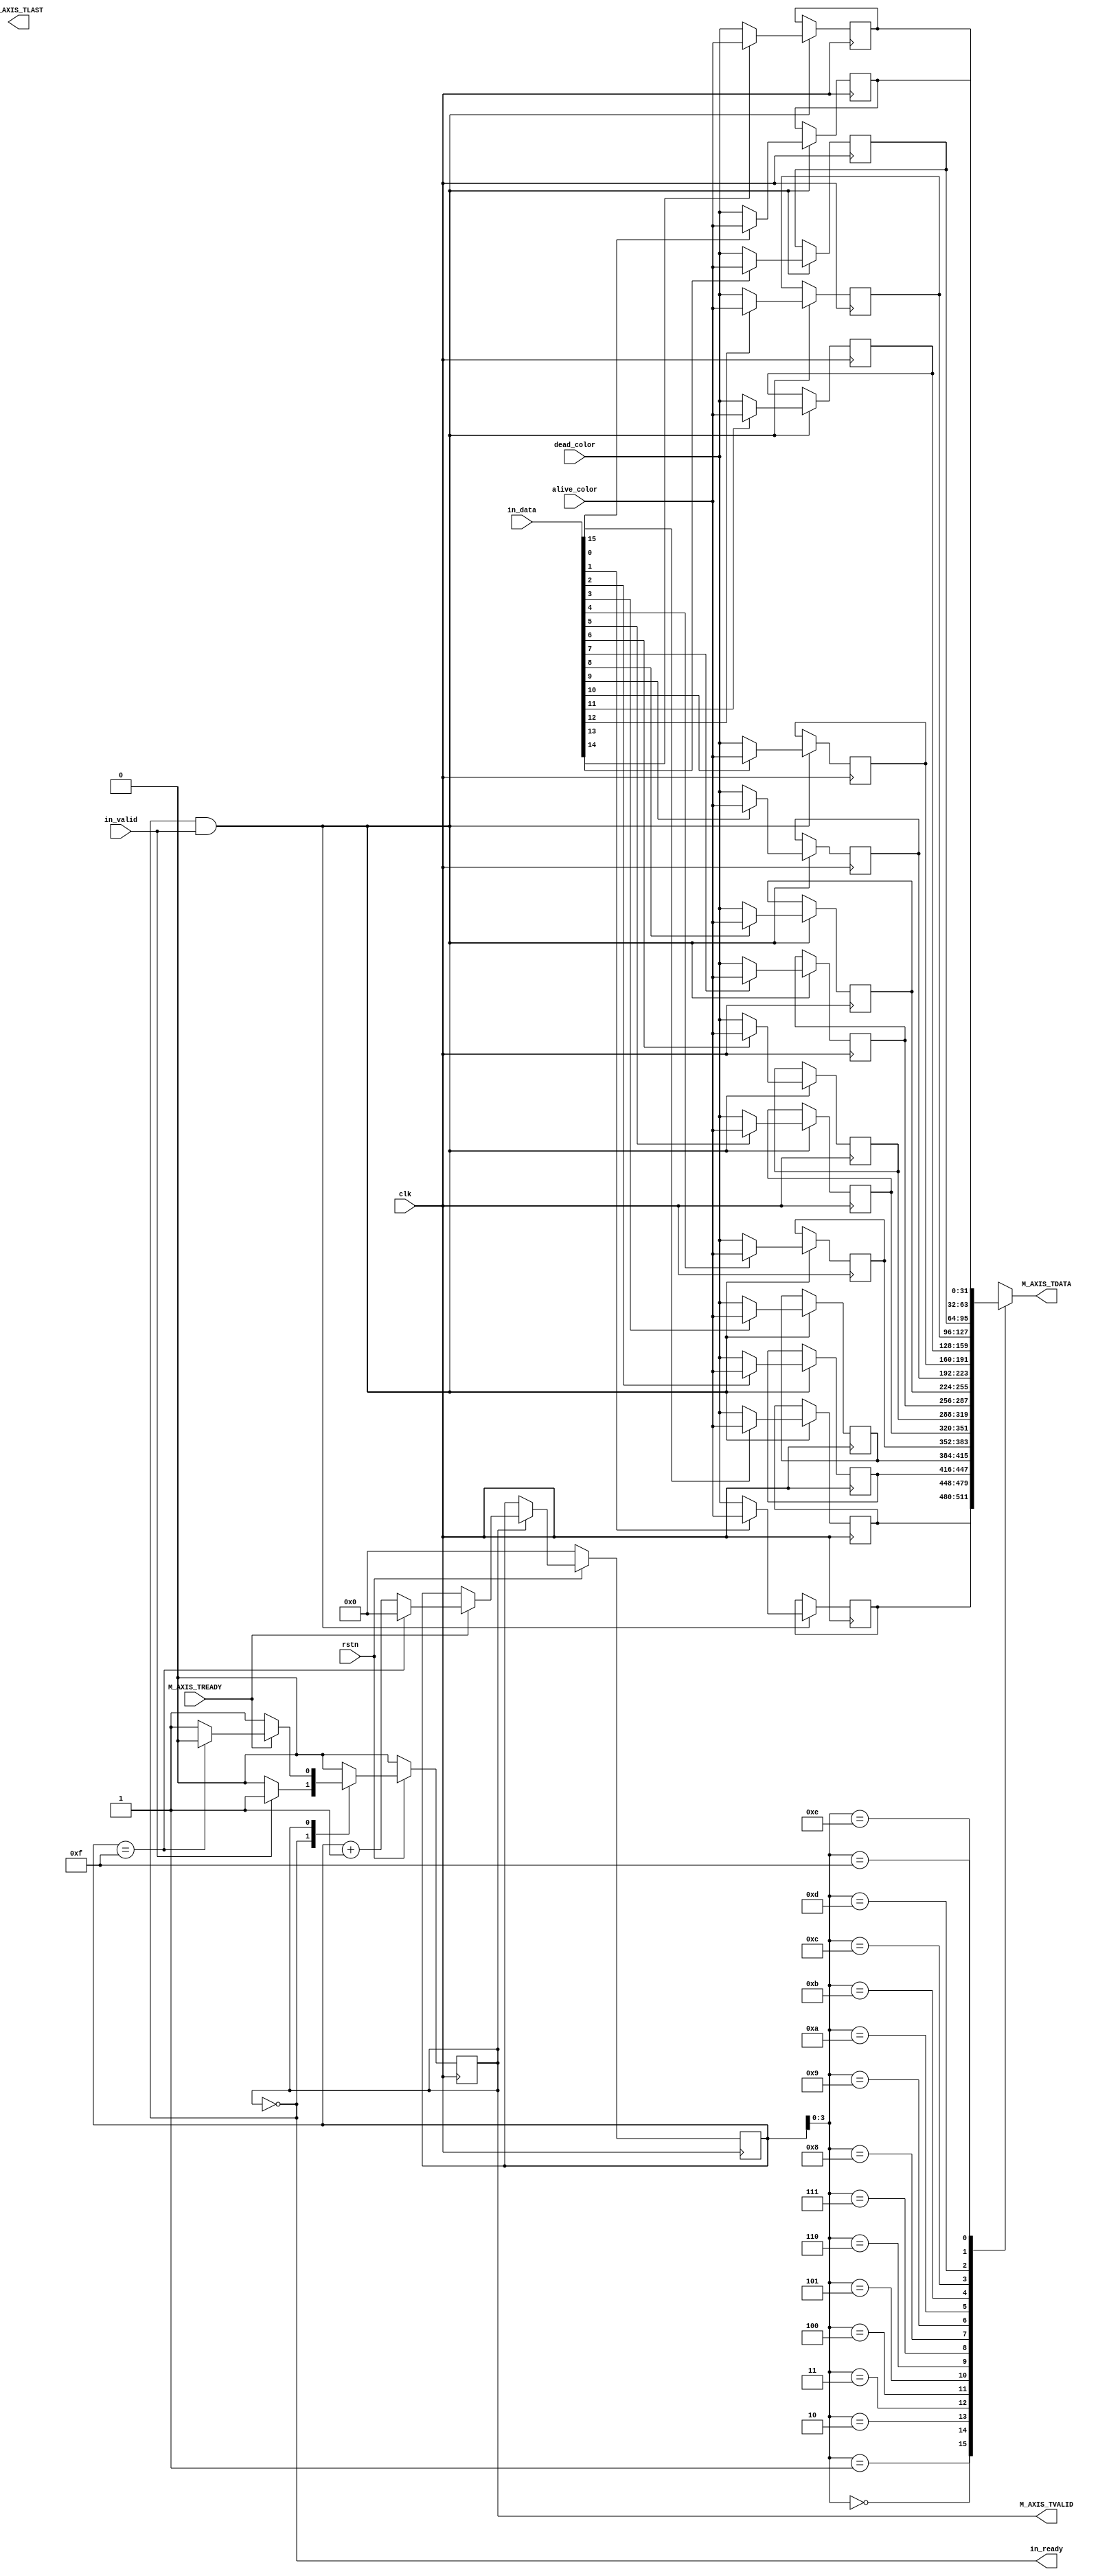
module buffer2axis #(
    parameter DWIDTH = 32,
    parameter WIDTH = 4,
    parameter HEIGHT = 4
)( 
    // Control signals
    clk,
    rstn,

    // Color conversion signals
    alive_color,
    dead_color,
    
    // AXIS Connection
    M_AXIS_TDATA,
    M_AXIS_TVALID,
    M_AXIS_TREADY,
    M_AXIS_TLAST,
    
    // Output to conware computation
    in_data,
    in_valid,
    in_ready
);

    // Port descriptions
    input clk;
    input rstn;

    input [DWIDTH-1:0] alive_color;
    input [DWIDTH-1:0] dead_color;

    output [DWIDTH-1:0] M_AXIS_TDATA;
    output M_AXIS_TVALID;
    output M_AXIS_TLAST;
    input M_AXIS_TREADY;

    input [WIDTH*HEIGHT-1:0] in_data;
    input in_valid;
    output in_ready;

    // State params
    reg state;
    localparam Wait = 0;
    localparam Write = 1;

    // Internal values
    reg [DWIDTH - 1:0] buffer [WIDTH*HEIGHT-1:0];
    reg [31:0] counter;

    assign M_AXIS_TVALID = (state == Write);
    assign M_AXIS_TDATA = buffer[counter];
    assign in_ready = (state == Wait);

    // Write state machine
    always @(posedge clk) begin
        if (!rstn) begin
            counter <= 32'h00000000;
            state <= Wait;
        end else begin
            case (state)
            Wait: begin
                if (in_valid == 1) begin
                    state <= Write;
                end else begin
                    state <= Wait;

                end
            end
            Write: begin
                
                if (M_AXIS_TREADY == 1) begin
                    if (counter == WIDTH*HEIGHT-1) begin
                        counter <= 0;
                        state <= Wait;
                    end else begin
                        counter <= counter + 1;
                    end

                end else begin
                    counter <= counter;
                end

            end
            endcase
        end
    end

    // Color conversion to binary values because Veriloc can't pass 2D arrays as I/O
    genvar i;
    generate 
        for (i = 0; i < WIDTH*HEIGHT; i=i+1) begin : converter_block
            always @(posedge clk) begin
                if (state == Wait && in_valid == 1) begin
                    buffer[i] <= (in_data[i] == 1)? alive_color : dead_color;
                end
            end
            
        end
    endgenerate
endmodule